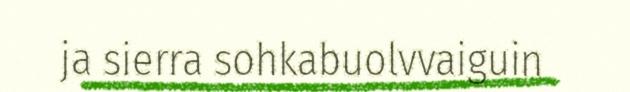
ja sierra sohkabuolvvaiguin